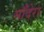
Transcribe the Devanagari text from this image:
माँदेरा